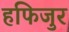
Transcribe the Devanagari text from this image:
हफिजुर